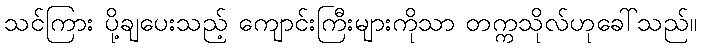
သင်ကြား ပို့ချပေးသည့် ကျောင်းကြီးများကိုသာ တက္ကသိုလ်ဟုခေါ်သည်။